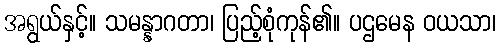
အရွယ်နှင့်။ သမန္နာဂတာ၊ ပြည့်စုံကုန်၏။ ပဌမေန ဝယသာ၊